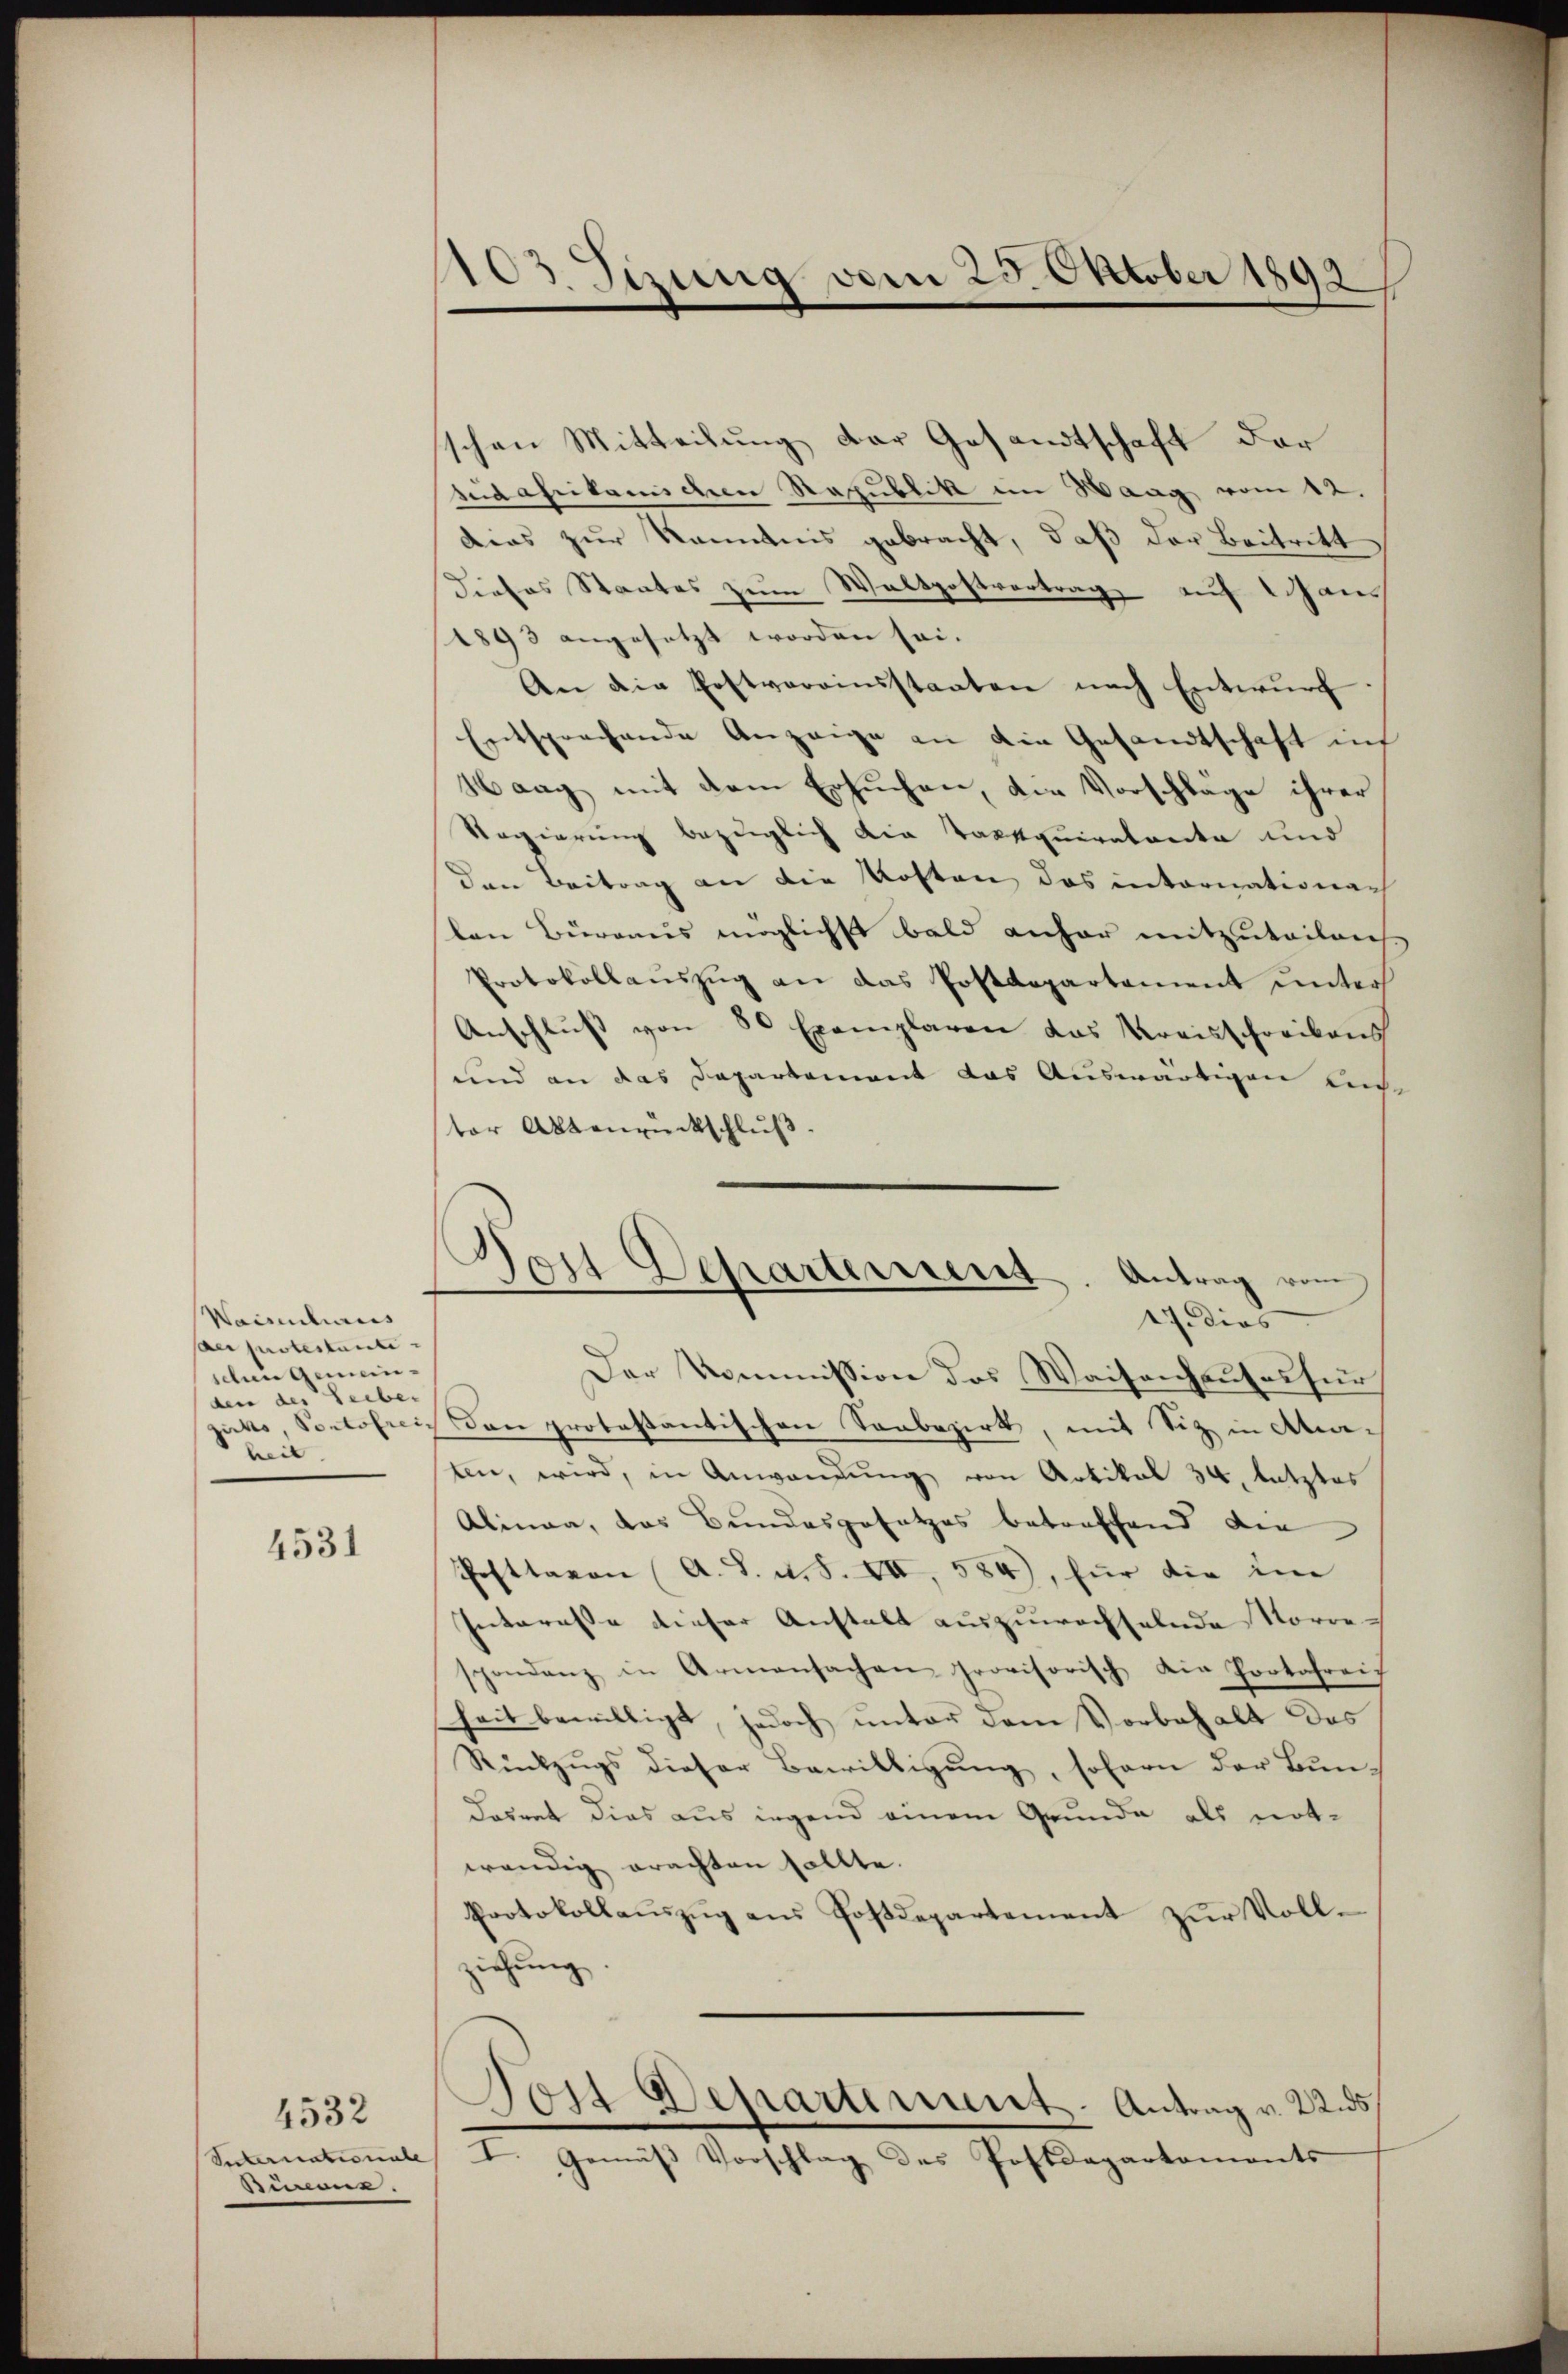
Waiselirius
sac potestanti
schen Gemeinden des Leiber
heit

4531

4532
Suternationale |
Büreaus.

103 Juung vom 25. October 1893

schen Mitteilung der Gesandtschaft der
sidafrikanischen Republik im Waag vom 12.
Dias zur Kenntnis gebracht, daß der Beitritt
Dieses Staates zum Waltpostvertrag auf Hans
1893 angesetzt worden sei.
An die Postvereinsstaaten nach Entwurf.
Entsprechende Anzeige an die Gesandtschaft in
Haag mit dem Ersuchen, die Vorschläge ihrer
Regierung bezüglich die Tassquiratente und
den Beitrag an die Kosten das internationar
len Büreaus möglichst bald anher mitzutailanch
Protokollaŭszŭg an das Postdepartement unter
Anschlŭβ von 80 Exemplaren das Kreisschreibens
und an das Departement das Auswärtigen ande
ter Aktenrückschluß.
Der Kommission des Waisenhauses für
zackte, Soctoris den protestantischen Sonbezirk, mit Siz in Akaten, wird, in Anwendŭng von Artikal 34. letztes
Alinea, das Bundesgesetzes betreffend die
Posttavon A. S. u. S. VII, 584), für die im
Interesse dieser Anstalt auszuwachselnde Korrespondenz in Armensachen provisorisch die Protofreih
heit bewilligt, jedoch unter dem Vorbehalt des
Rückzŭgs dieser Bewilligŭng, sofern der Bŭn-
Dosrat dies aus irgend einem Grunde als notwendig erachten sollte.
Protokollaŭszŭg ans Postdepartement zŭr Voll-
ziehung
Post Departement. Antrag v. 22. 55
I. Gemäβ Vorschlag des Postdepartements

ost Departerrent. Antrag vom
17. dies